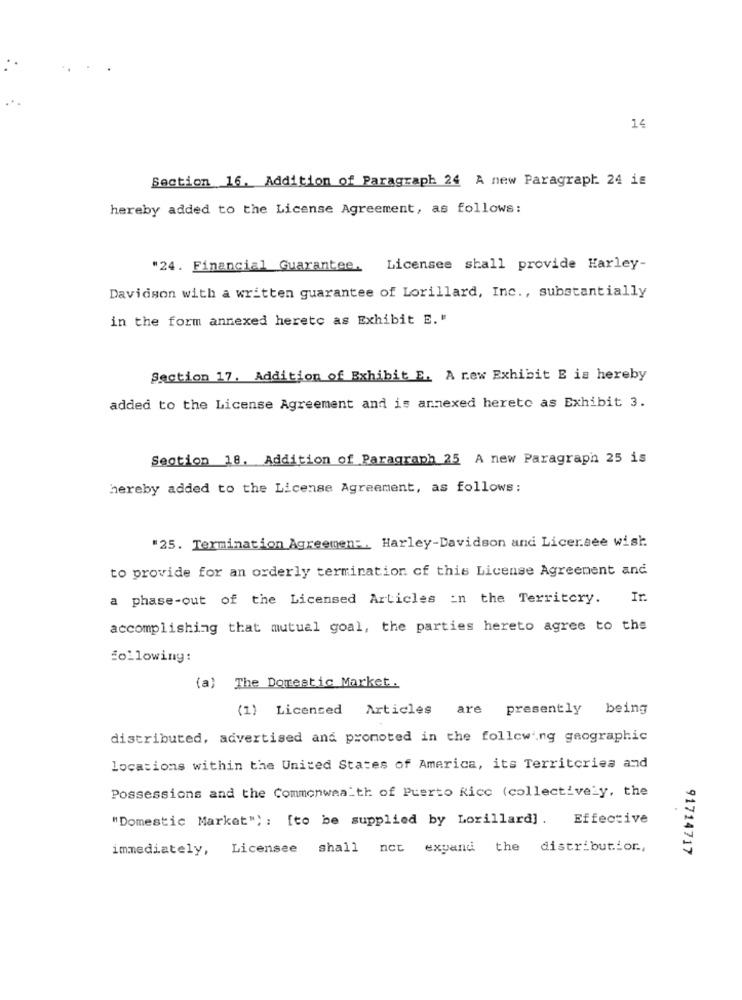
14
Section 16. Addition of Paragraph 24 A new Paragraph 24 is
hereby added to the License Agreement, as follows:
"24. Financial Guarantee.
Licensee shall provide Harley-
Davidson with a written guarantee of Lorillard, Inc ., substantially
in the form annexed hereto as Exhibit E. "
Section 17. Addition of Exhibit E. A new Exhibit E is hereby
added to the License Agreement and is annexed hereto as Exhibit 3.
Section 18. Addition of Paragraph 25 A new Paragraph 25 is
hereby added to the License Agreement, as follows:
"25. Termination Agreemen :. Harley-Davidson and Licer.see wish
to provide for an orderly termination of this License Agreement and
a phase-out of the Licensed Articles in the Territory.
Ir.
accomplishing that mutual goal, the parties hereto agree to the
following:
(a) The Domestic Market.
(1) Licensed Articles are presently being
distributed, advertised and promoted in the following geographic
locations within the United States of America, its Territories and
Possessions and the Commonwealth of Puerto Rico (collectively, the
"Domestic Market") : [to be supplied by Lorillard]. Effective
immediately,
Licensee shall not expand the distribution,
91714717